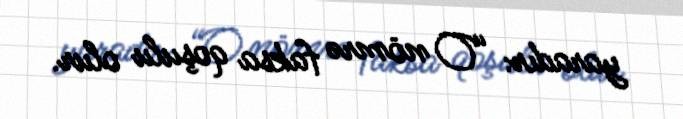
yaradır: “O nömrə faksa qoşulu olur.